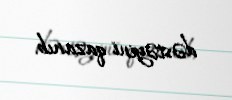
dəstəyini qazanıb.